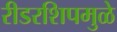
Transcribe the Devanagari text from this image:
रीडरशिपमुळे